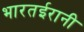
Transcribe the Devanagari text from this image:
भारतईरानी